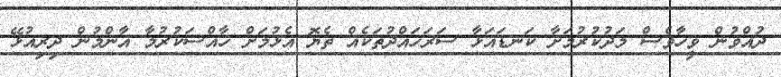
ދުއްވުން ވީހާވެސް މަދުކުރުމަށާ ކަނޑައަޅާ ސަރަހައްދުތަކެއް ތެޔޮ އެޅުމަށް ޚާއްސަކުރުމާ އާންމުން ދިރިއުޅޭ